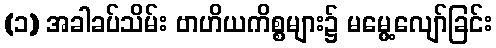
(၁) အခါခပ်သိမ်း ဗာဟိယကိစ္စများ၌ မမွေ့လျော်ခြင်း